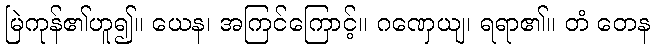
မြဲကုန်၏ဟူ၍။ ယေန၊ အကြင်ကြောင့်။ ဂဏှေယျ၊ ရရာ၏။ တံ တေန